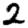
Digit: 2